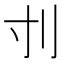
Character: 刌